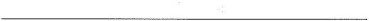
___